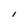
Character: i